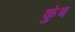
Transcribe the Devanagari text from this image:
कुंब